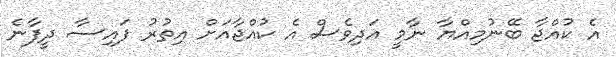
އެ ކުއްޖާ ބޭނުމިއްޔާ ނާމީ އަދިވެސް އެ ކުއްޖާއަށް އިތުރު ފައިސާ ދީފާނެ